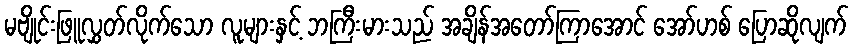
မဗျိုင်းဖြူလွှတ်လိုက်သော လူများနှင့် ဘကြီးမားသည် အချိန်အတော်ကြာအောင် အော်ဟစ် ပြောဆိုလျက်